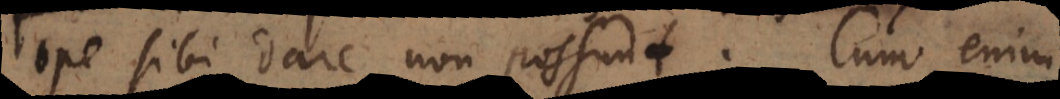
ope sibi dare non possunt. Cum enim